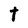
Character: T